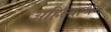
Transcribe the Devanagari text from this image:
अहिल्याश्रम